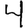
Digit: 4